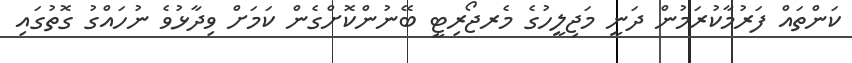
ކަންތައް ފަރުމާކުރަމުން ދަނީ މަޖިލީހުގެ މެރޖޯރިޓީ ބޭނުންކޮށްގެން ކަމަށް ވިދާޅުވެ ނުހައްގު ގޮތުގައި